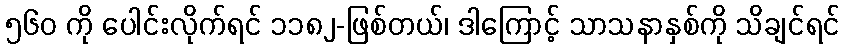
၅၆၀ ကို ပေါင်းလိုက်ရင် ၁၁၈၂-ဖြစ်တယ်၊ ဒါကြောင့် သာသနာနှစ်ကို သိချင်ရင်